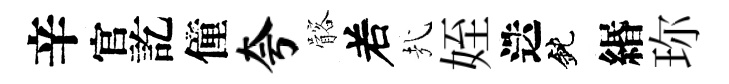
辛官訖僮夸髂𠰥㢤姪迭鈍緡珎